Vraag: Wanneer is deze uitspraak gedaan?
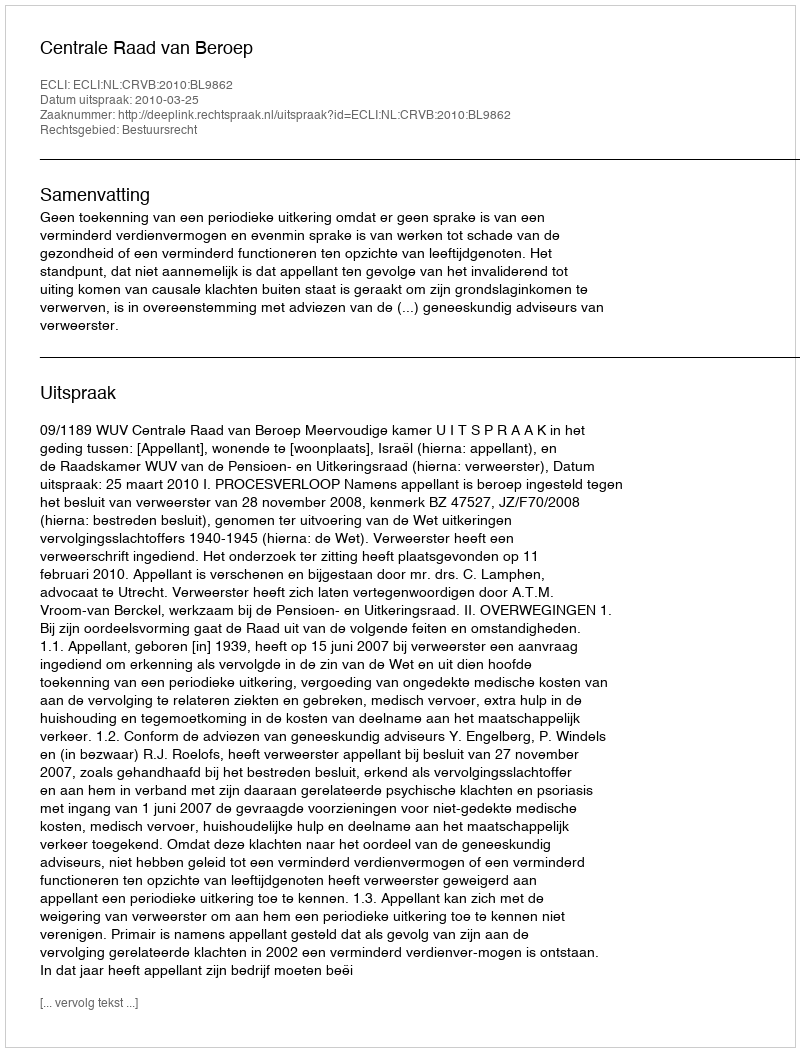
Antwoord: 2010-03-25